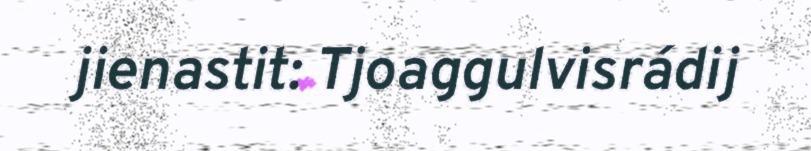
jienastit: Tjoaggulvisrádij